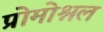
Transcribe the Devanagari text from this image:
प्रोमोश्नल